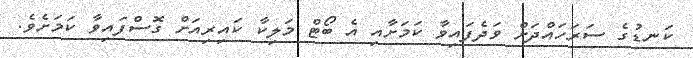
ކަނޑުގެ ސަރަހައްދަށް ވަދެފައިވާ ކަމަށާއި އެ ބޯޓް މަލިކާ ކައިރިއަށް ގޮސްފައިވާ ކަމަށެވެ.